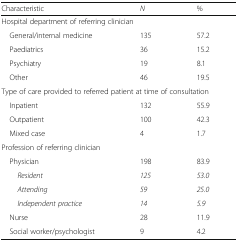
<table><thead><tr><td><b>Characteristic</b></td><td><b><i>N</i></b></td><td><b>%</b></td></tr></thead><tbody><tr><td colspan="3">Hospital department of referring clinician</td></tr><tr><td> General/internal medicine</td><td>135</td><td>57.2</td></tr><tr><td> Paediatrics</td><td>36</td><td>15.2</td></tr><tr><td> Psychiatry</td><td>19</td><td>8.1</td></tr><tr><td> Other</td><td>46</td><td>19.5</td></tr><tr><td colspan="3">Type of care provided to referred patient at time of consultation</td></tr><tr><td> Inpatient</td><td>132</td><td>55.9</td></tr><tr><td> Outpatient</td><td>100</td><td>42.3</td></tr><tr><td> Mixed case</td><td>4</td><td>1.7</td></tr><tr><td colspan="3">Profession of referring clinician</td></tr><tr><td> Physician</td><td>198</td><td>83.9</td></tr><tr><td><i>Resident</i></td><td><i>125</i></td><td><i>53.0</i></td></tr><tr><td><i>Attending</i></td><td><i>59</i></td><td><i>25.0</i></td></tr><tr><td><i>Independent practice</i></td><td><i>14</i></td><td><i>5.9</i></td></tr><tr><td> Nurse</td><td>28</td><td>11.9</td></tr><tr><td> Social worker/psychologist</td><td>9</td><td>4.2</td></tr></tbody></table>